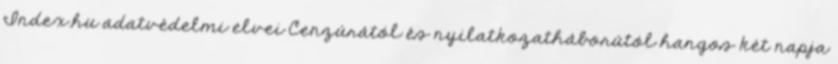
Index.hu adatvédelmi elvei Cenzúrától és nyilatkozatháborútól hangos két napja